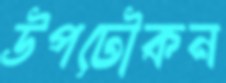
উপঢৌকন